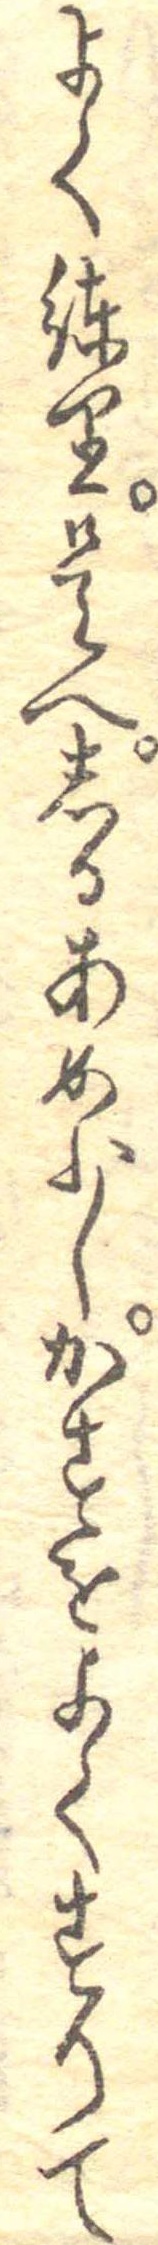
よくねり是へしるあめ少しかすをよくすりて